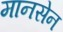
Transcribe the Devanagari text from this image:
मानसेन